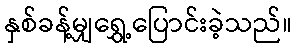
နှစ်ခန့်မျှရွှေ့ပြောင်းခဲ့သည်။